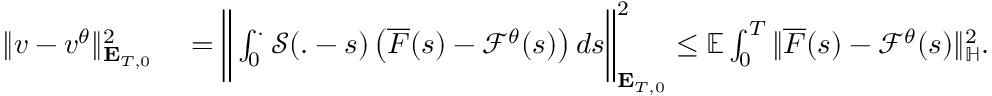
\begin{array} { r l } { \Vert v - v ^ { \theta } \Vert _ { \mathbf { E } _ { T , 0 } } ^ { 2 } } & { { } = \bigg \Vert \int _ { 0 } ^ { . } \mathcal { S } ( . - s ) \left( \overline { { F } } ( s ) - \mathcal { F } ^ { \theta } ( s ) \right) d s \bigg \Vert _ { \mathbf { E } _ { T , 0 } } ^ { 2 } \leq \mathbb { E } \int _ { 0 } ^ { T } \Vert \overline { { F } } ( s ) - \mathcal { F } ^ { \theta } ( s ) \Vert _ { \mathbb { H } } ^ { 2 } . } \end{array}